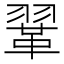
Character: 𫖈